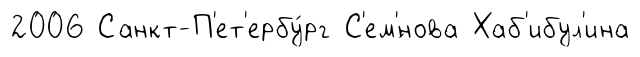
2006 Санкт-П'ет'ербу́рг С'ем'́нова Хаб'ибул'ина